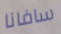
سافانا